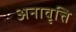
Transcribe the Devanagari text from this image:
अनावृत्ति